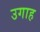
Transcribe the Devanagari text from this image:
उगाह